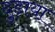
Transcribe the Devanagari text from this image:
दुड़ाया